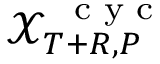
\mathscr X _ { T + R , P } ^ { \mathrm { ~ \scriptsize ~ c ~ y ~ c ~ } }